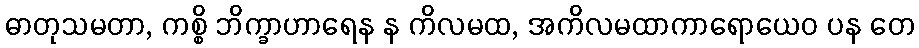
ဓာတုသမတာ, ကစ္စိ ဘိက္ခာဟာရေန န ကိလမထ, အကိလမထာကာရောယေဝ ပန တေ